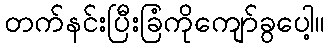
တက်နင်းပြီးခြံကိုကျော်ခွပေါ့။